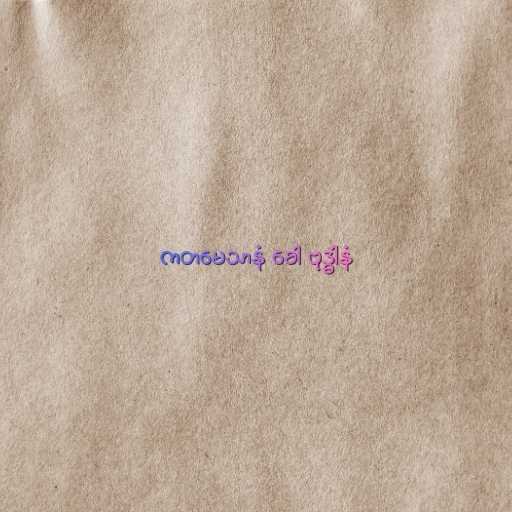
ကတမေသာနံ ခေါ ဗုဒ္ဓါနံ